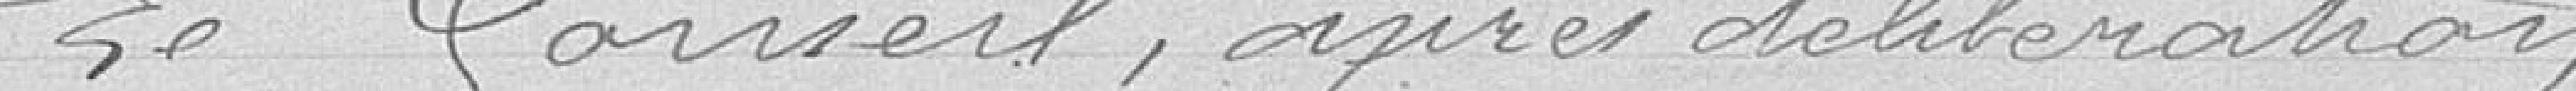
Le Conseil, après délibération